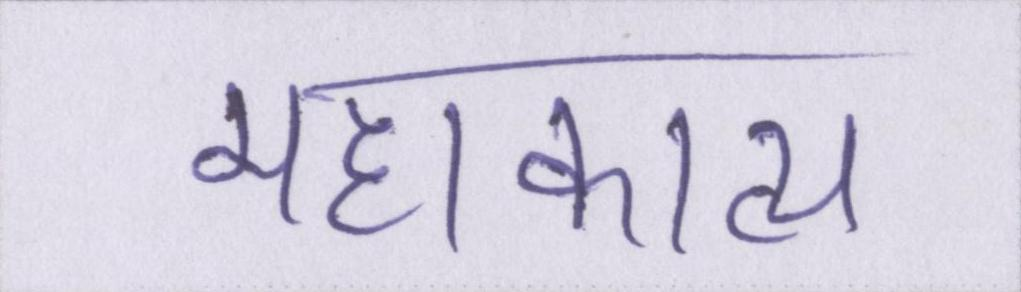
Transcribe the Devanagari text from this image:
महाकाव्य